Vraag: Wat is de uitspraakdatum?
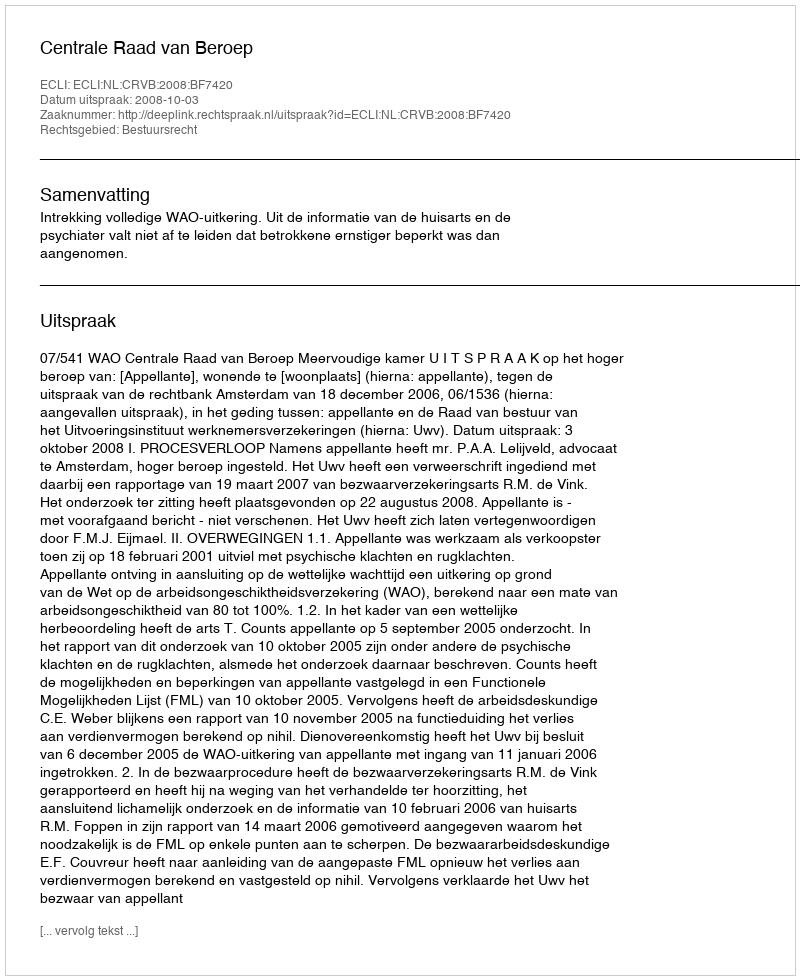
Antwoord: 2008-10-03